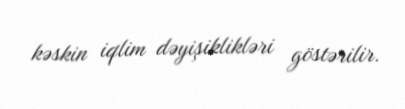
kəskin iqlim dəyişiklikləri göstərilir.